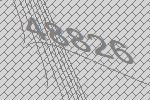
48826